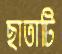
ছাতাটি